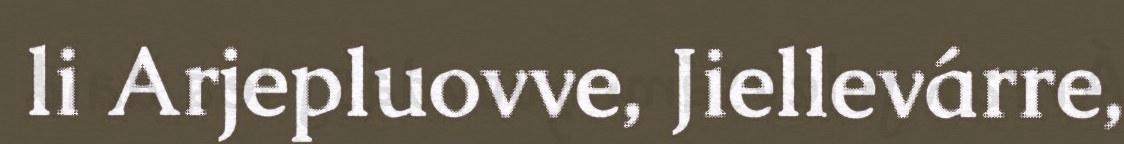
li Arjepluovve, Jiellevárre,